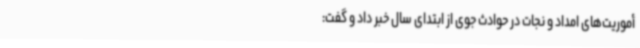
أموریت‌های امداد و نجات در حوادث جوی از ابتدای سال خبر داد و گفت: